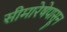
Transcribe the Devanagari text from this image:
सीमारेषेपासून